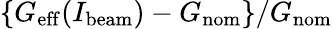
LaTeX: \{ G_{\mathrm{eff}}(I_{\mathrm{beam}})-G_{\mathrm{nom}}\} /G_{\mathrm{nom}}